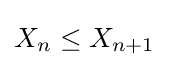
X_{n}\leq X_{n+1}